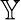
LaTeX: \mathbb{Y}